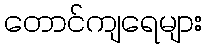
တောင်ကျရေများ